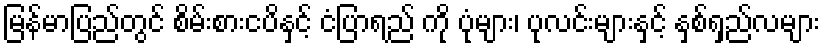
မြန်မာပြည်တွင် စိမ်းစားငပိနှင့် ငံပြာရည် ကို ပုံများ၊ ပုလင်းများနှင့် နှစ်ရှည်လများ